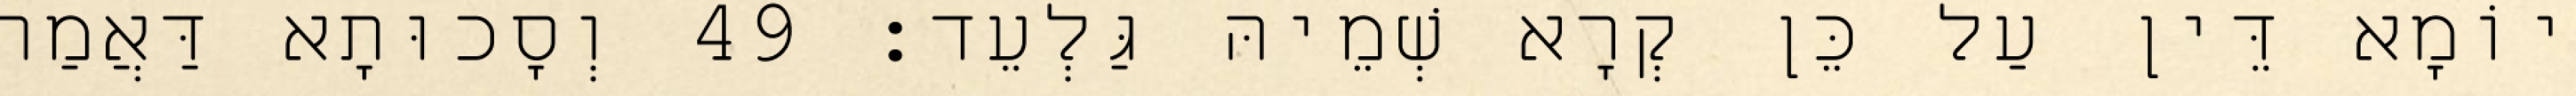
יוֹמָא דֵּין עַל כֵּן קְרָא שְׁמֵיהּ גַּלְעֵד׃ 49 וְסָכוּתָא דַּאֲמַר